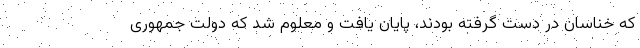
که خناسان در دست گرفته بودند، پایان یافت و معلوم شد که دولت جمهوری